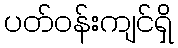
ပတ်ဝန်းကျင်ရှိ